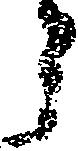
ら